Madras plague regulations and rules for district municipalities and other towns and villages
Disease focus: Plague
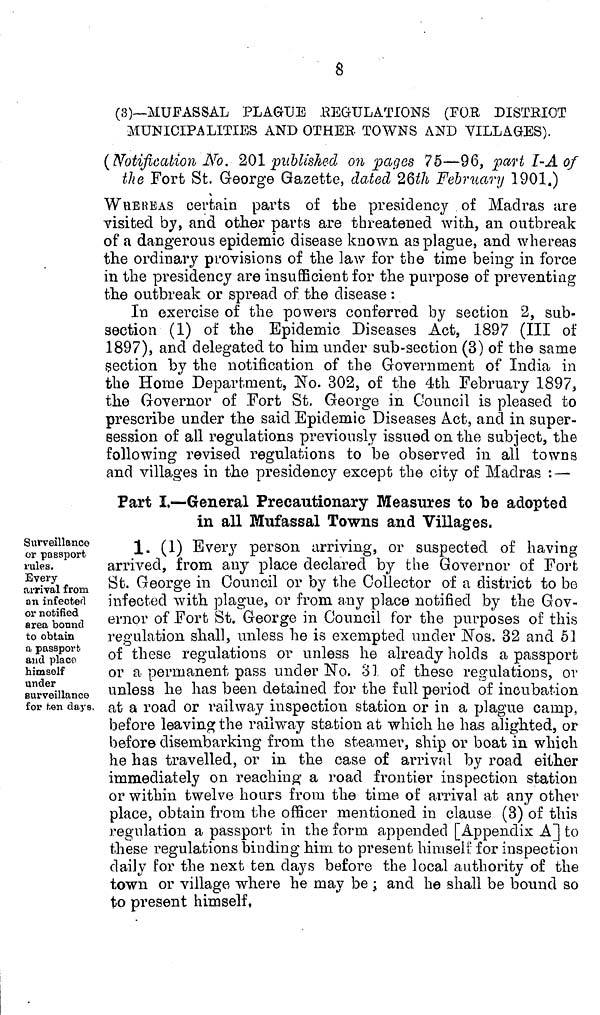
8
(3)—MUFASSAL PLAGUE REGULATIONS (FOR DISTRICT
MUNICIPALITIES AND OTHER TOWNS AND VILLAGES).
(Notification No. 201 published on pages 75—96, part I-A of
the Fort St. George Gazette, dated 26th February 1901.)
WHEREAS certain parts of the presidency of Madras are
visited by, and other parts are threatened with, an outbreak
of a dangerous epidemic disease known as plague, and whereas
the ordinary provisions of the law for the time being in force
in the presidency are insufficient for the purpose of preventing
the outbreak or spread of the disease :
In exercise of the powers conferred by section 2, sub-
section (1) of the Epidemic Diseases Act, 1897 (III of
1897), and delegated to him under sub-section (3) of the same
section by the notification of the Government of India in
the Home Department, No. 302, of the 4th February 1897,
the Governor of Fort St. George in Council is pleased to
prescribe under the said Epidemic Diseases Act, and in super-
session of all regulations previously issued on the subject, the
following revised regulations to be observed in all towns
and villages in the presidency except the city of Madras : —
Part I.—General Precautionary Measures to "be adopted
in all Mufassal Towns and Villages.
Surveillance
or passport
rales.
Every
arrival from
an infected
or notified
area bound
to obtain
a passport
and placo
himself
under
surveillance
for ten days.
1. (1) Every person arriving, or suspected of having
arrived, from any place declared by the Governor of Fort
St. George in Council or by the Collector of a district to be
infected with plague, or from any place notified by the Gov-
ernor of Fort St. George in Council for the purposes of this
regulation shall, unless he is exempted under Nos. 32 and 51
of these regulations or unless he already holds a passport
or a permanent pass under No. 31 of these regulations, or
unless he has been detained for the full period of incubation
at a road or railway inspection station or in a plague camp,
before leaving the railway station at which he has alighted, or
before disembarking from the steamer, ship or boat in which
he has travelled, or in the case of arrival by road either
immediately on reaching a road frontier inspection station
or within twelve hours from the time of arrival at any other
place, obtain from the officer mentioned in clause (3) of this
regulation a passport in the form appended [Appendix A] to
these regulations binding him to present himself for inspection
daily for the next ten days before the local authority of the
town or village where he may be ; and he shall be bound so
to present himself,